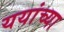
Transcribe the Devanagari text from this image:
ययांच्या